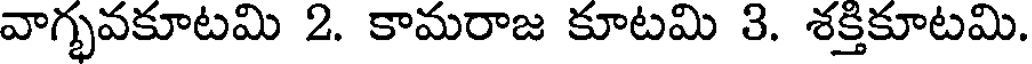
వాగ్భవకూటమి 2. కామరాజ కూటమి 3. శక్తికూటమి.